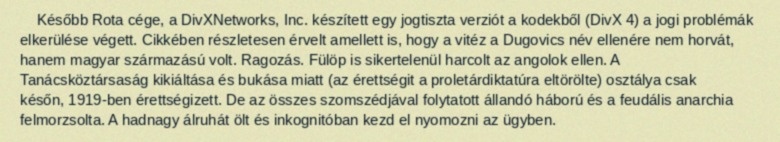
Később Rota cége, a DivXNetworks, Inc. készített egy jogtiszta verziót a kodekből (DivX 4) a jogi problémák elkerülése végett. Cikkében részletesen érvelt amellett is, hogy a vitéz a Dugovics név ellenére nem horvát, hanem magyar származású volt. Ragozás. Fülöp is sikertelenül harcolt az angolok ellen. A Tanácsköztársaság kikiáltása és bukása miatt (az érettségit a proletárdiktatúra eltörölte) osztálya csak későn, 1919-ben érettségizett. De az összes szomszédjával folytatott állandó háború és a feudális anarchia felmorzsolta. A hadnagy álruhát ölt és inkognitóban kezd el nyomozni az ügyben.